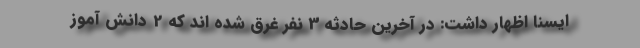
ایسنا اظهار داشت: در آخرین حادثه 3 نفر غرق شده اند که 2 دانش آموز